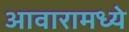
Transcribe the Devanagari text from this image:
आवारामध्ये